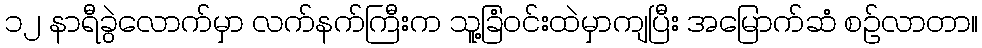
၁၂ နာရီခွဲလောက်မှာ လက်နက်ကြီးက သူ့ခြံဝင်းထဲမှာကျပြီး အမြောက်ဆံ စဉ်လာတာ။